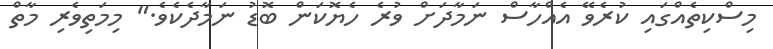
މިސްކިތެއްގައި ކުރެވޭ އެއްހާސް ނަމާދަށް ވުރެ ހެޔޮކަން ބޮޑު ނަމާދެކެވެ." މިމަތިވެރި މާތް